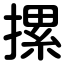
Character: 摞